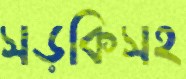
সড়কিসহ